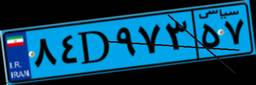
۸۴D۹۷۳۵۷